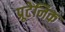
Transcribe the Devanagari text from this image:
प्रूटेनिक